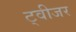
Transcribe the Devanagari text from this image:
ट्वीजर